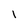
Character: l